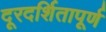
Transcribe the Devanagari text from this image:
दूरदर्शितापूर्ण